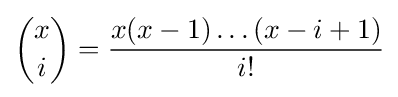
{\binom {x}{i}}={\frac {x(x-1)\dots (x-i+1)}{i!}}